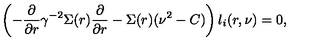
\left( - \frac { \partial } { \partial r } \gamma ^ { - 2 } \Sigma ( r ) \frac { \partial } { \partial r } - \Sigma ( r ) ( \nu ^ { 2 } - C ) \right) l _ { i } ( r , \nu ) = 0 ,